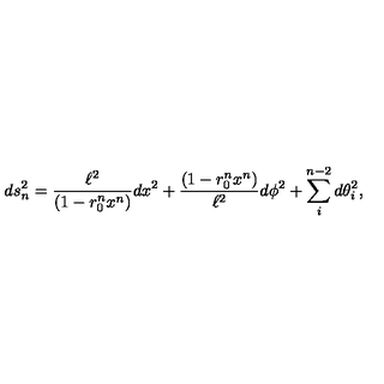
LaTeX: d s _ { n } ^ { 2 } = \frac { \ell ^ { 2 } } { ( 1 - r _ { 0 } ^ { n } x ^ { n } ) } d x ^ { 2 } + \frac { ( 1 - r _ { 0 } ^ { n } x ^ { n } ) } { \ell ^ { 2 } } d \phi ^ { 2 } + \sum _ { i } ^ { n - 2 } d \theta _ { i } ^ { 2 } ,